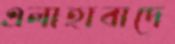
এলাহাবাদে